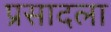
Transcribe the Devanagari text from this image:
प्रसादला